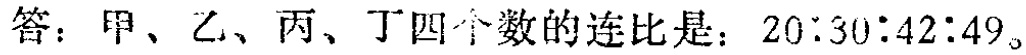
答：甲、乙、丙、丁四个数的连比是：\(20:30:42:49\)。